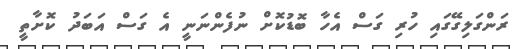
ރަންގަލިގޭގައި ހުރި ގަސް އެހާ ބޮޑުކޮށް ނުފެންނަނީ އެ ގަސް އަބަދު ކޮށާތީ